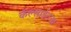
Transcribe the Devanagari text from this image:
कॅल्साईटचा